Report of an investigation of the epidemic of malarial fever in Assam, or, kala-azar
Disease focus: Malaria
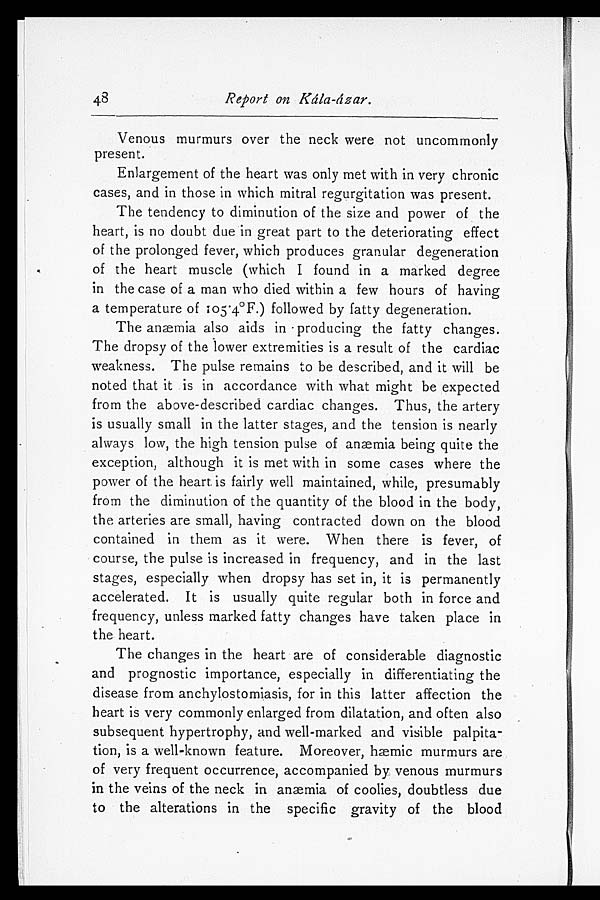
Venous murmurs over the neck were not uncommonly
present.
Enlargement of the heart was only met with in very chronic
cases, and in those in which mitral regurgitation was present.
The tendency to diminution of the size and power of the
heart, is no doubt due in great part to the deteriorating effect
of the prolonged fever, which produces granular degeneration
of the heart muscle (which I found in a marked degree
in the case of a man who died within a few hours of having
a temperature of 105.4°F.) followed by fatty degeneration.
The anæmia also aids in producing the fatty changes.
The dropsy of the lower extremities is a result of the cardiac
weakness. The pulse remains to be described, and it will be
noted that it is in accordance with what might be expected
from the above-described cardiac changes. Thus, the artery
is usually small in the latter stages, and the tension is nearly
always low, the high tension pulse of anæmia being quite the
exception, although it is met with in some cases where the
power of the heart is fairly well maintained, while, presumably
from the diminution of the quantity of the blood in the body,
the arteries are small, having contracted down on the blood
contained in them as it were. When there is fever, of
course, the pulse is increased in frequency, and in the last
stages, especially when dropsy has set in, it is permanently
accelerated. It is usually quite regular both in force and
frequency, unless marked fatty changes have taken place in
the heart.
The changes in the heart are of considerable diagnostic
and prognostic importance, especially in differentiating the
disease from anchylostomiasis, for in this latter affection the
heart is very commonly enlarged from dilatation, and often also
subsequent hypertrophy, and well-marked and visible palpita
-tion, is a well-known feature. Moreover, hæmic murmurs are
of very frequent occurrence, accompanied by venous murmurs
in the veins of the neck in anæmia of coolies, doubtless due
to the alterations in the specific gravity of the blood
Report on Kala-dzar.
Report on Kála-
48